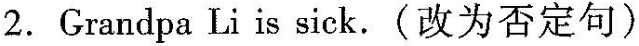
2.Grandpa Li is sick. (改为否定句)